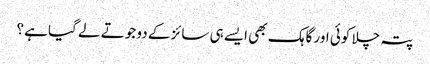
پتہ چلا کوئی اور گاہک بھی ایسے ہی سائز کے دو جوتے لے گیا ہے؟